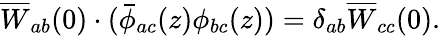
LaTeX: \overline{{{W}}}_{ab}(0)\cdot(\bar{\phi}_{ac}(z)\phi_{bc}(z))=\delta_{ab}\overline{{{W}}}_{cc}(0).